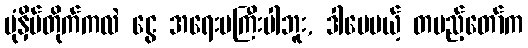
ပုံနှိပ်တိုက်ကလဲ ငွေ အရေးမကြီးပါဘူး, ဒါပေမယ့် တပည့်တော်က